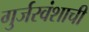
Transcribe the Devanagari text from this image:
गुर्जरवंशाची